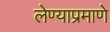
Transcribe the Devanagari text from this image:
लेण्याप्रमाणे